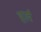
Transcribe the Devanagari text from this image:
हार्व